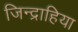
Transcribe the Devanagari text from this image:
जिन्द्राहिया